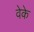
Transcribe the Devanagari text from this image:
वेके